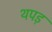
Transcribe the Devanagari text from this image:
थपड़